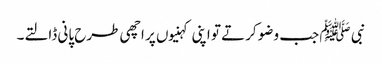
نبی ﷺ جب وضو کرتے تو اپنی کہنیوں پر اچھی طرح پانی ڈالتے۔